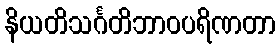
နိယတိသင်္ဂတိဘာဝပရိဏတာ